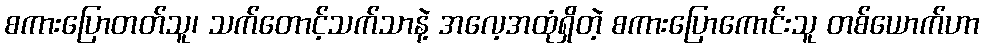
စကားပြောတတ်သူ၊ သက်တောင့်သက်သာနဲ့ အလေ့အထုံရှိတဲ့ စကားပြောကောင်းသူ တစ်ယောက်ဟာ